talulepingud_et, lk 10
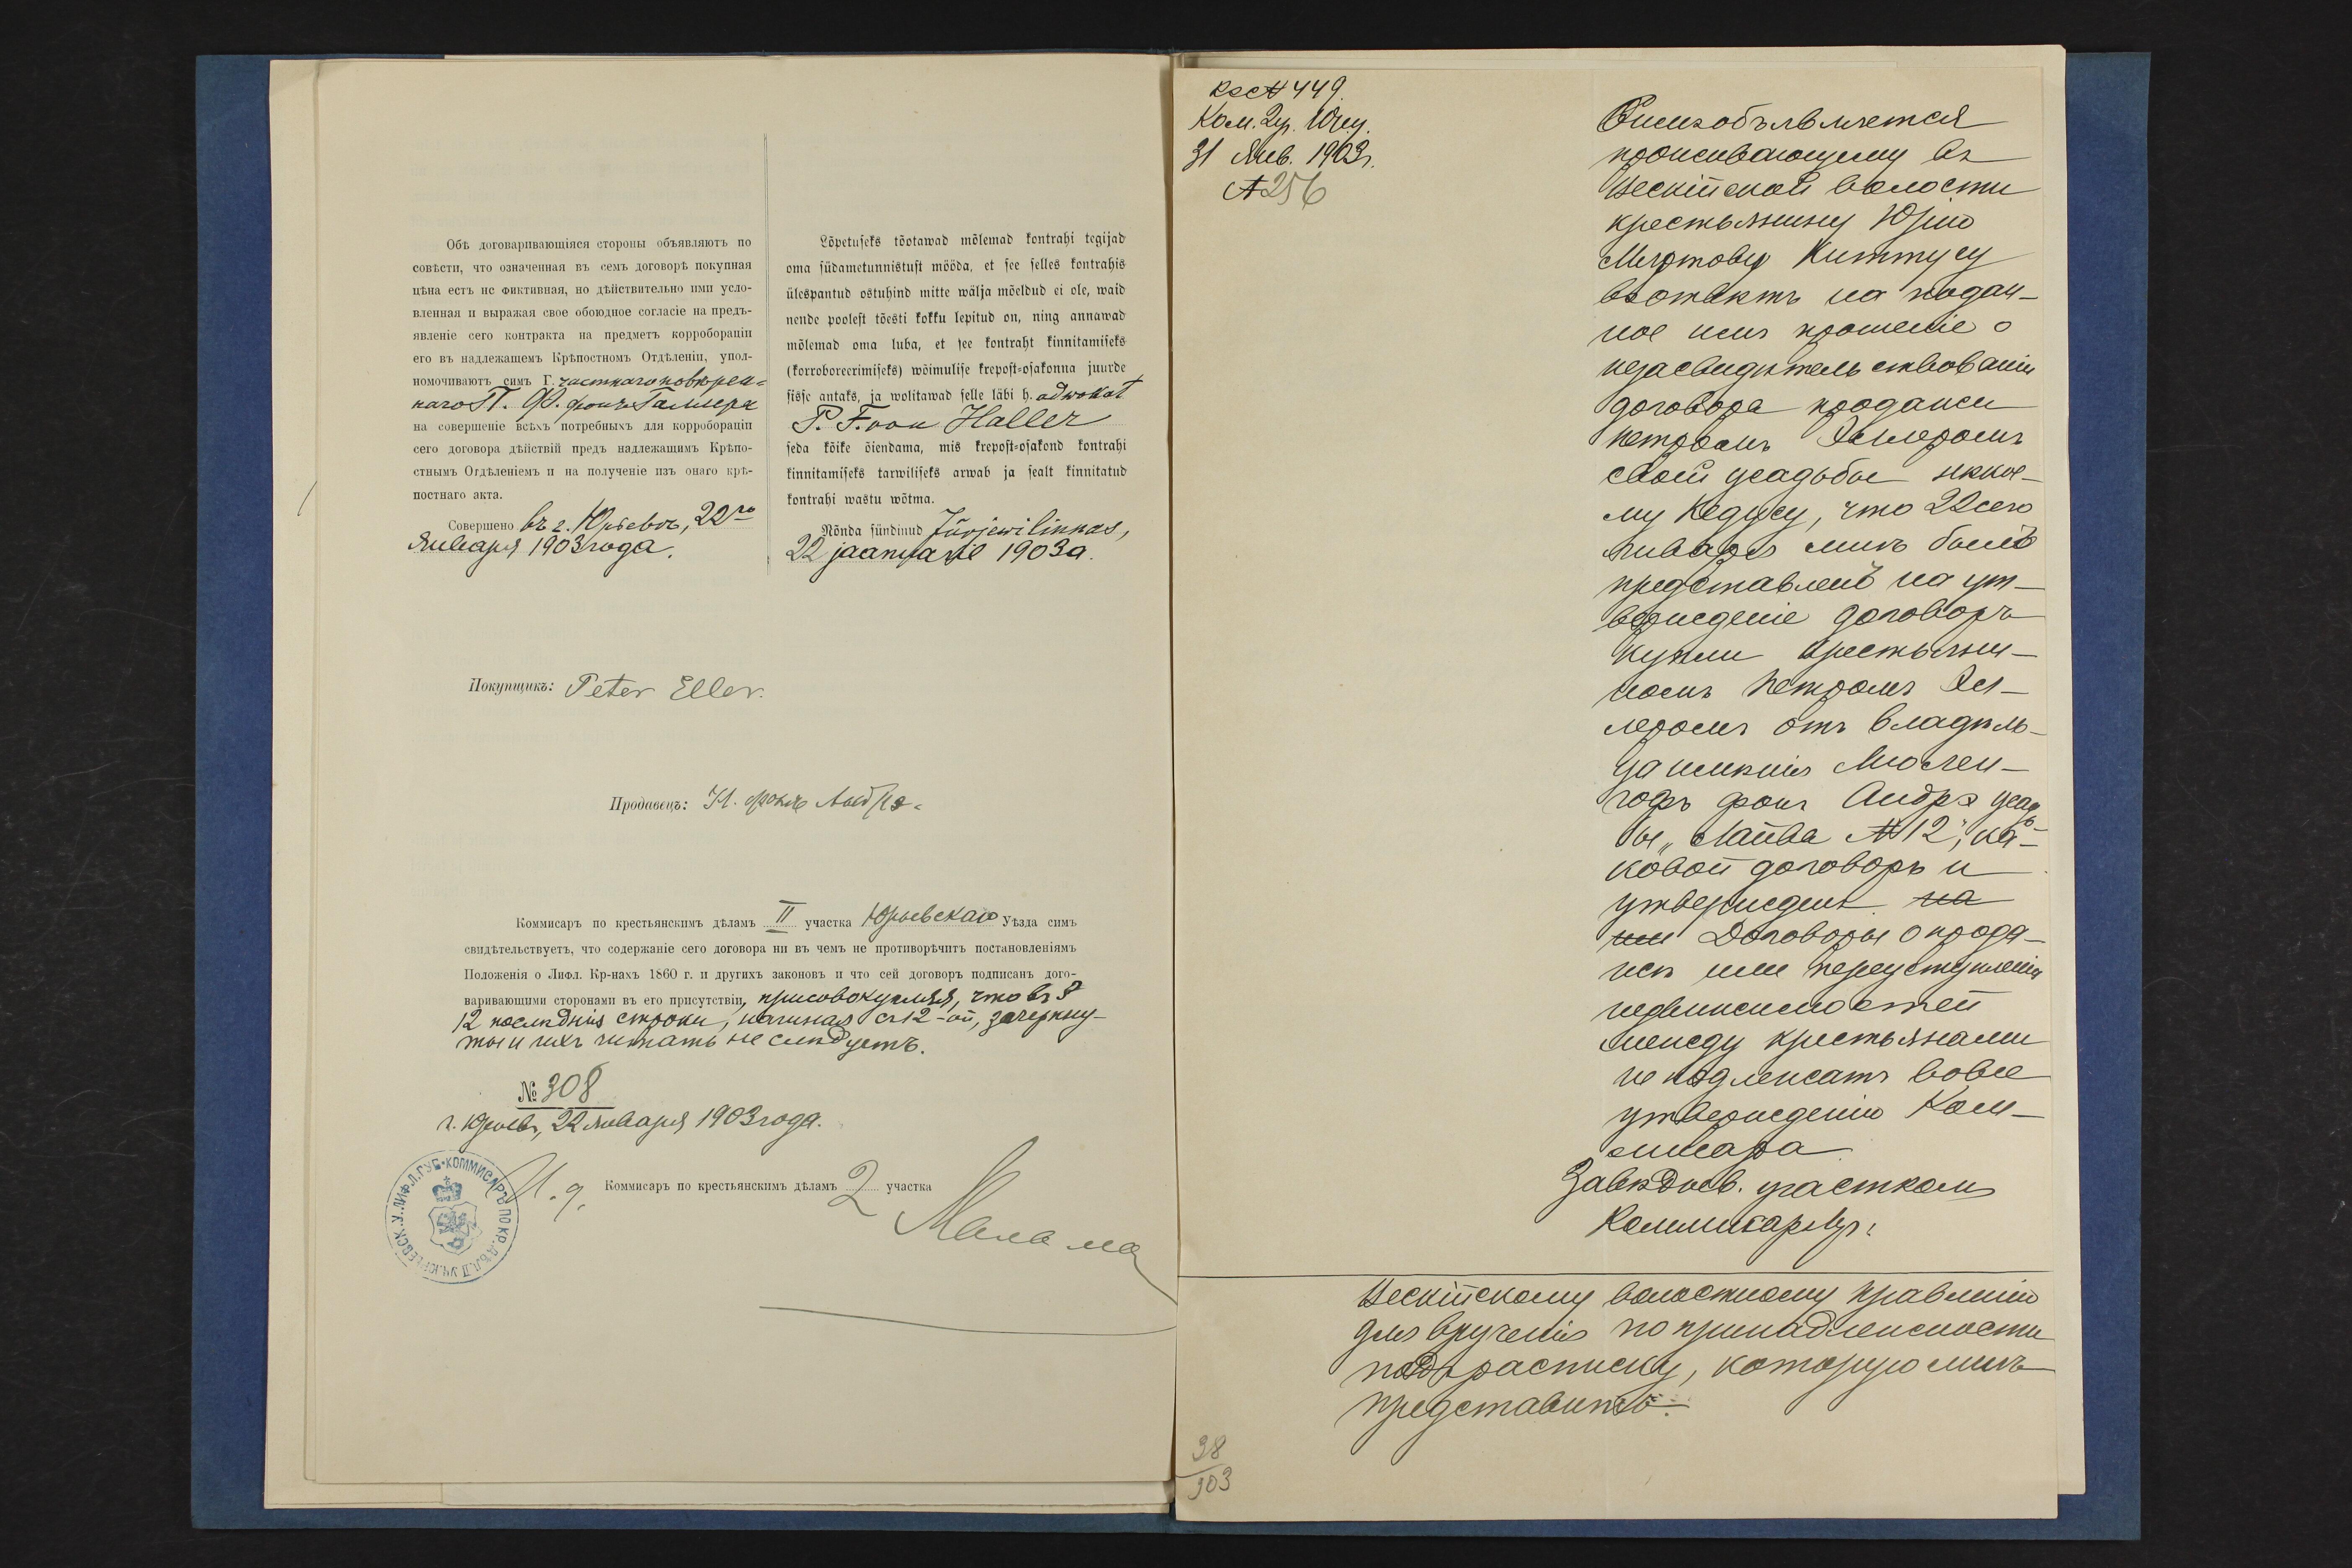
Lõpetuseks tõotawad mõlemad kontrahi tegijad
oma südametunnistust mööda, et see selles kontrahis
ülespantud ostuhind mitte wälja mõeldud ei ole, waid
nende poolest tõesti kokku lepitud on, ning annawad
mõlemad oma luba, et see kontraht kinnitamiseks
(korroboreerimiseks) wõimulise krepost-osakonna juurde
sisse antaks, ja eolitawad selle läbi h. adwokat
P. F. von Haller
seda kõike õiendama, mis krepost-osakond kontrahi
kinnitamiseks taewiliseks arwab ja sealt kinnitatud
kontrahi wastu wõtma.
Nõnda sündinud Jürjewi linnas,
22 jaanuaril 1903 a.